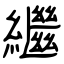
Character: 繼